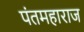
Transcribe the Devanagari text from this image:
पंतमहाराज